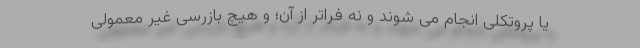
یا پروتکلی انجام می شوند و نه فراتر از آن؛ و هیچ بازرسی غیر معمولی